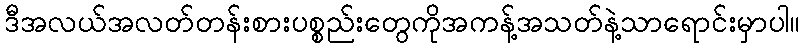
ဒီအလယ်အလတ်တန်းစားပစ္စည်းတွေကိုအကန့်အသတ်နဲ့သာရောင်းမှာပါ။